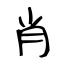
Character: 肖